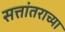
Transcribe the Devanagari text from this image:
सत्तांतराच्या